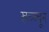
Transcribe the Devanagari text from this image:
खच्च्चून